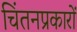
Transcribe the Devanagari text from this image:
चिंतनप्रकारों